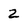
Character: 2